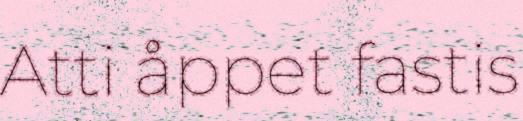
Atti åppet fastis